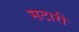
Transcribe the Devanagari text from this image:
सटारी